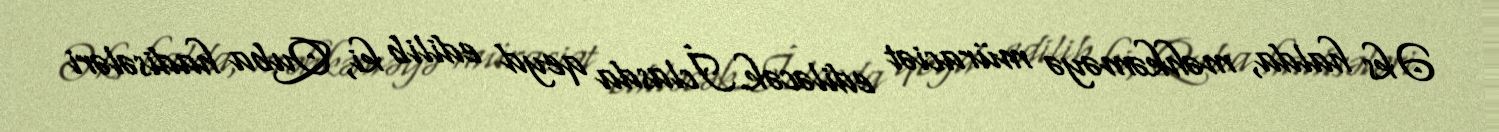
Əks halda, məhkəməyə müraciət ediləcək.İclasda qeyd edilib ki, Quba hadisələri